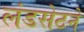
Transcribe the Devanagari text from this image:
लंडसेटने